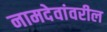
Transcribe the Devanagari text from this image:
नामदेवांवरील